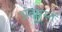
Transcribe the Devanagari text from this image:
अंतग्रस्त